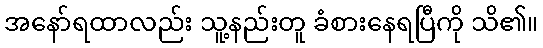
အနော်ရထာလည်း သူ့နည်းတူ ခံစားနေရပြီကို သိ၏။